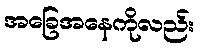
အခြေအနေကိုလည်း